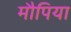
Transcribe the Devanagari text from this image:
मौपिया